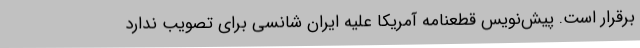
برقرار است. پیش‌نویس قطعنامه آمریکا علیه ایران شانسی برای تصویب ندارد